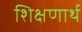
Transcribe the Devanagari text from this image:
शिक्षणार्थ